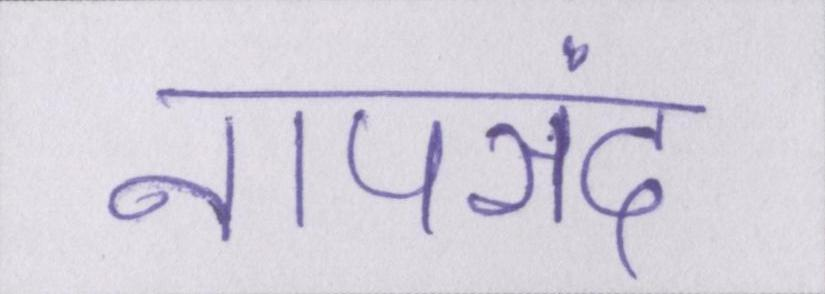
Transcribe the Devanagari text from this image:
नापसंद